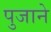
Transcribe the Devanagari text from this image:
पुजाने